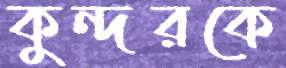
কুন্দরকে